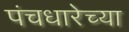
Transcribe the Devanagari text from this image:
पंचधारेच्या